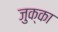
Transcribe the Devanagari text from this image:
जुक्का